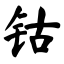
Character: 钴